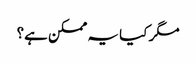
مگر کیا یہ ممکن ہے؟